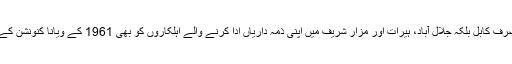
پاکستانی سفارت خانے نے افغان حکام سے نہ صرف کابل بلکہ جلال آباد، ہیرات اور مزار شریف میں اپنی ذمہ داریاں ادا کرنے والے اہلکاروں کو بھی 1961 کے ویانا کنونشن کے مطابق سکیورٹی فراہم کرنے کا مطالبہ کیا ہے۔